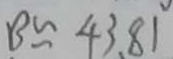
B \approx 4 3 . 8 1